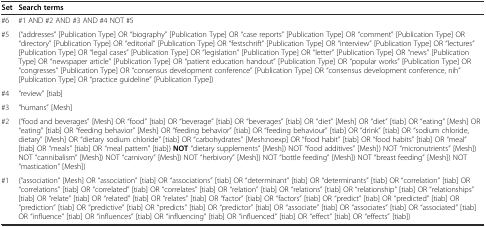
<table><thead><tr><td><b>Set</b></td><td><b>Search terms</b></td></tr></thead><tbody><tr><td>#6</td><td>#1 AND #2 AND #3 AND #4 NOT #5</td></tr><tr><td>#5</td><td>(“addresses” [Publication Type] OR “biography” [Publication Type] OR “case reports” [Publication Type] OR “comment” [Publication Type] OR “directory” [Publication Type] OR “editorial” [Publication Type] OR “festschrift” [Publication Type] OR “interview” [Publication Type] OR “lectures” [Publication Type] OR “legal cases” [Publication Type] OR “legislation” [Publication Type] OR “letter” [Publication Type] OR “news” [Publication Type] OR “newspaper article” [Publication Type] OR “patient education handout” [Publication Type] OR “popular works” [Publication Type] OR “congresses” [Publication Type] OR “consensus development conference” [Publication Type] OR “consensus development conference, nih” [Publication Type] OR “practice guideline” [Publication Type])</td></tr><tr><td>#4</td><td>“review” [tiab]</td></tr><tr><td>#3</td><td>“humans” [Mesh]</td></tr><tr><td>#2</td><td>(“food and beverages” [Mesh] OR “food” [tiab] OR “beverage” [tiab] OR “beverages” [tiab] OR “diet” [Mesh] OR “diet” [tiab] OR “eating” [Mesh] OR “eating” [tiab] OR “feeding behavior” [Mesh] OR “feeding behavior” [tiab] OR “feeding behaviour” [tiab] OR “drink” [tiab] OR “sodium chloride, dietary” [Mesh] OR “dietary sodium chloride” [tiab] OR “carbohydrates” [Mesh:noexp] OR “food habit” [tiab] OR “food habits” [tiab] OR “meal” [tiab] OR “meals” [tiab] OR “meal pattern” [tiab]) <b>NOT</b> “dietary supplements” [Mesh]) NOT “food additives” [Mesh]) NOT “micronutrients” [Mesh]) NOT “cannibalism” [Mesh]) NOT “carnivory” [Mesh]) NOT “herbivory” [Mesh]) NOT “bottle feeding” [Mesh]) NOT “breast feeding” [Mesh]) NOT “mastication” [Mesh])</td></tr><tr><td>#1</td><td>(“association” [Mesh] OR “association” [tiab] OR “associations” [tiab] OR “determinant” [tiab] OR “determinants” [tiab] OR “correlation” [tiab] OR “correlations” [tiab] OR “correlated” [tiab] OR “correlates” [tiab] OR “relation” [tiab] OR “relations” [tiab] OR “relationship” [tiab] OR “relationships” [tiab] OR “relate” [tiab] OR “related” [tiab] OR “relates” [tiab] OR “factor” [tiab] OR “factors” [tiab] OR “predict” [tiab] OR “predicted” [tiab] OR “prediction” [tiab] OR “predictive” [tiab] OR “predicts” [tiab] OR “predictor” [tiab] OR “associate” [tiab] OR “associates” [tiab] OR “associated” [tiab] OR “influence” [tiab] OR “influences” [tiab] OR “influencing” [tiab] OR “influenced” [tiab] OR “effect” [tiab] OR “effects” [tiab])</td></tr></tbody></table>